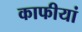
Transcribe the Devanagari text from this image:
काफीयां